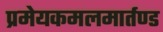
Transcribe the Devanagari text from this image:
प्रमेयकमलमार्तण्ड